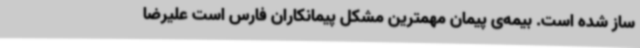
ساز شده است. بیمه‌ی پیمان مهمترین مشکل پیمانکاران فارس است علیرضا